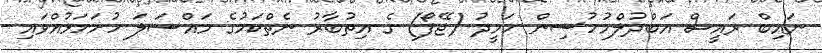
ނައިބް ރައީސް އަބްދުލްމުހުސިން ހަމީދު (ޖޭފޯ) ގެ އިތުބާރު ނެތްކަމުގެ މައްސަލަ ހުށަހަޅުއްވައި